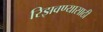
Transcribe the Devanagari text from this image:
रिझवण्यासाठी